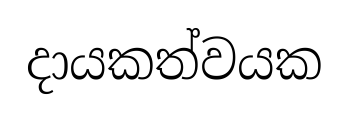
දායකත්වයක